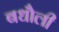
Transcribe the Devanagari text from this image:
बधौली